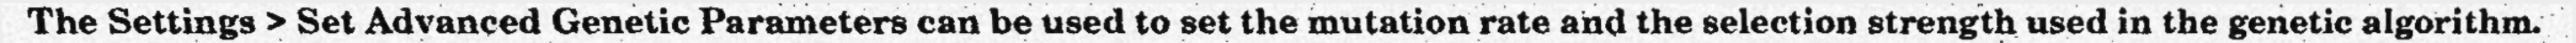
The Settings > Set Advanced Genetic Parameters can be used to set the mutation rate and the selection strength used in the genetic algorithm.